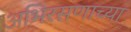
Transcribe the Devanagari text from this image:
अभिरसणाच्या